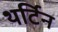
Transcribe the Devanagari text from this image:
थर्टिन